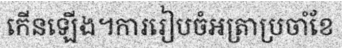
កើនឡើង។ការរៀបចំអត្រាប្រចាំខែ